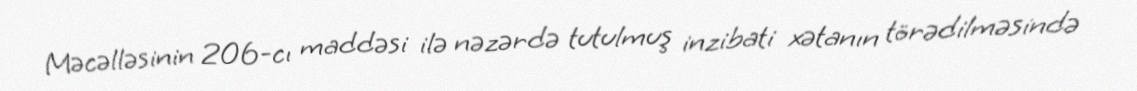
Məcəlləsinin 206-cı maddəsi ilə nəzərdə tutulmuş inzibati xətanın törədilməsində